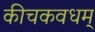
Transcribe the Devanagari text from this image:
कीचकवधम्